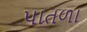
પાતળા